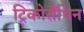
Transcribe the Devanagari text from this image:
ट्रिकोसैंथिन